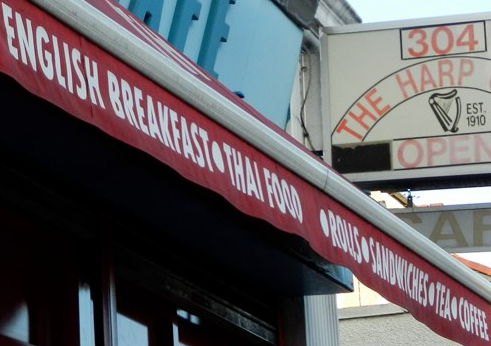
ENGLISH BREAKFAST.THAI FOOD .ROLLS.SANDWICHES.TEA.COFFEE